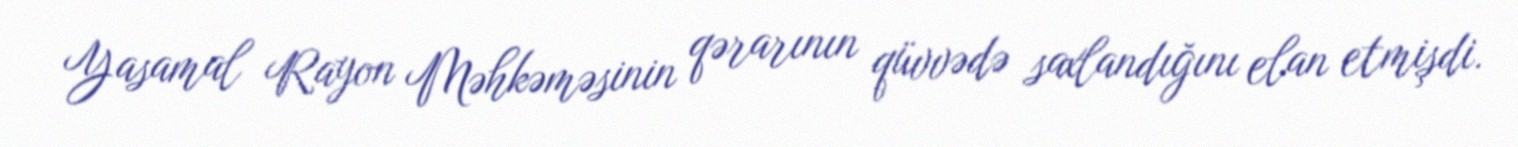
Yasamal Rayon Məhkəməsinin qərarının qüvvədə saxlandığını elan etmişdi.